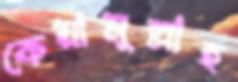
কেয়ামুল্লাহ